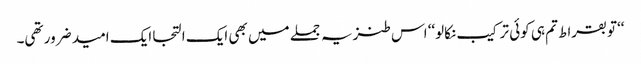
‘‘تو بقراط تم ہی کوئی ترکیب نکالو‘‘ اس طنزیہ جملے میں بھی ایک التجا ایک امید ضرور تھی۔